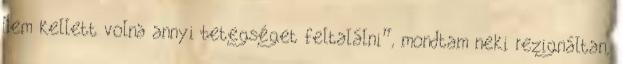
Nem kellett volna annyi betegséget feltalálni”, mondtam neki rezignáltan,